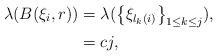
LaTeX: \begin{align*} \lambda(B({\xi}_i, r)) &= \lambda( \left\lbrace \xi_{l_{k}(i)} \right\rbrace_{1 \leq k \leq j}), \\&=cj,\end{align*}